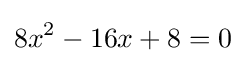
8x^{2}-16x+8=0